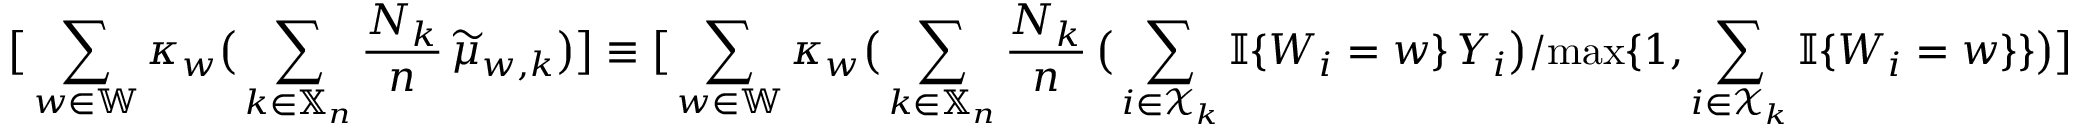
\big [ \sum _ { w \in \mathbb { W } } \kappa _ { w } \big ( \sum _ { k \in \mathbb { X } _ { n } } \frac { N _ { k } } { n } \, \widetilde { \mu } _ { w , k } \big ) \big ] \equiv \big [ \sum _ { w \in \mathbb { W } } \kappa _ { w } \big ( \sum _ { k \in \mathbb { X } _ { n } } \frac { N _ { k } } { n } \, \big ( \sum _ { i \in \mathcal { X } _ { k } } \mathbb { I } \{ W _ { i } = w \} \, Y _ { i } \big ) / \mathrm { m a x } \{ 1 , \sum _ { i \in \mathcal { X } _ { k } } \mathbb { I } \{ W _ { i } = w \} \} \big ) \big ]